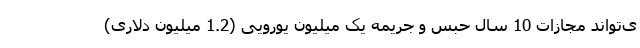
ی‌تواند مجازات 10 سال حبس و جریمه یک میلیون یورویی (1.2 میلیون دلاری)